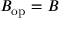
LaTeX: B _ { \mathrm { o p } } = B